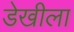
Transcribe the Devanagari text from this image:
डेखीला